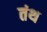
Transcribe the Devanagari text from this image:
तंथ